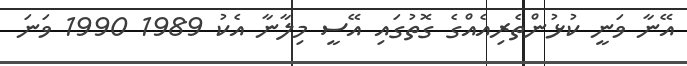
އޭނާ ވަނީ ކުޅުންތެރިއެއްގެ ގޮތުގައި އޭސީ މިލާނާ އެކު 1989 1990 ވަނަ